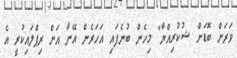
ވަރަށް ބޮޑަށް ޝުކުރިއްޔާ" މިހެން ބުނެފައި އަހަރެން އޭނާ އަށް ރިޕްލައިކުރީ އެ